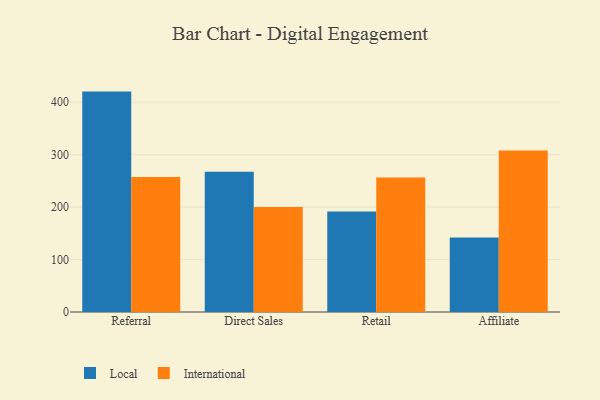
{"axis": {"x": "Channel", "y": "Tickets Resolved"}, "legend": ["International", "Local"], "data": [{"x": "Referral", "y": 420.2, "type": "Local"}, {"x": "Referral", "y": 257.2, "type": "International"}, {"x": "Direct Sales", "y": 267.6, "type": "Local"}, {"x": "Direct Sales", "y": 200.1, "type": "International"}, {"x": "Retail", "y": 191.7, "type": "Local"}, {"x": "Retail", "y": 256.4, "type": "International"}, {"x": "Affiliate", "y": 141.8, "type": "Local"}, {"x": "Affiliate", "y": 308.0, "type": "International"}]}